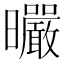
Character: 曮